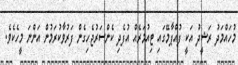
މުހައްމަދު ރަޝީދު އަކީ ފުއްޕާމޭގައި ޓިއުމަރެއް އުފެދި ކެންސަރުޖެހިގެން ފަރުވާކުރަމުން އަންނަ މީހެކެވެ.